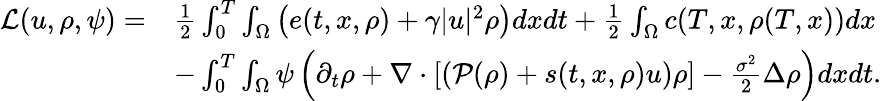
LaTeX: \begin{array}{rl}{\mathcal{L}(u,\rho,\psi)=}&{\frac{1}{2}\int_{0}^{T}\int_{\Omega}\left(e(t,x,\rho)+\gamma|u|^{2}\rho\right)dxdt+\frac{1}{2}\int_{\Omega}c(T,x,\rho(T,x))dx}\\ &{-\int_{0}^{T}\int_{\Omega}\psi\left(\partial_{t}\rho+\nabla\cdot\left[\left(\mathcal{P}(\rho)+s(t,x,\rho)u\right)\rho\right]-\frac{\sigma^{2}}{2}\Delta\rho\right)dxdt.}\end{array}